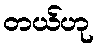
တယ်ဟု